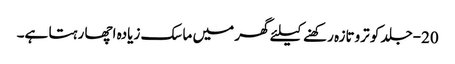
20-جلد کو تروتازہ رکھنے کیلئے گھر میں ماسک زیادہ اچھا رہتا ہے۔